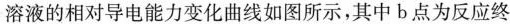
溶液的相对导电能力变化曲线如图所示，其中b点为反应终